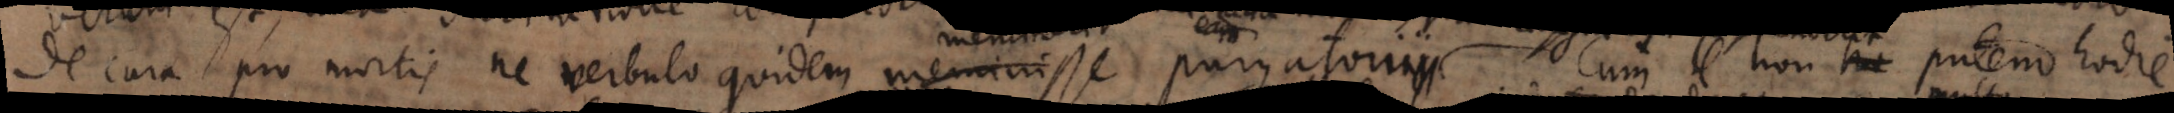
de cura pro mortuis ne verbulo quidem meminisse purgatorium. Cum non putem hodie